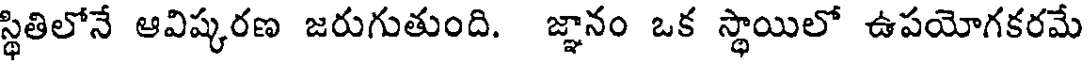
స్థితిలోనే ఆవిష్కరణ జరుగుతుంది. జ్ఞానం ఒక స్థాయిలో ఉపయోగకరమే